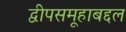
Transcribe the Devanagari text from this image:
द्वीपसमूहाबद्दल